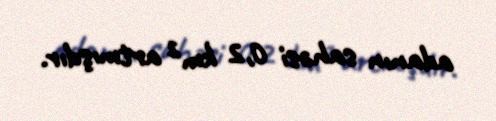
adanın sahəsi 0,2 km² artmışdır.